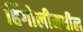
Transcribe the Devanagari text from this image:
हिंगोलीमधील